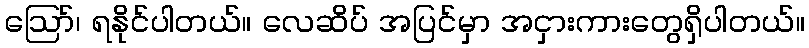
ဩော်၊ ရနိုင်ပါတယ်။ လေဆိပ် အပြင်မှာ အငှားကားတွေရှိပါတယ်။